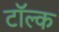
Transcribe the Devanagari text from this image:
टॉल्क